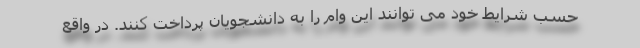
حسب شرایط خود می توانند این وام را به دانشجویان پرداخت کنند. در واقع